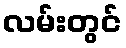
လမ်းတွင်